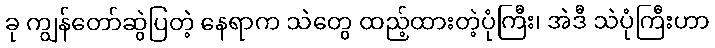
ခု ကျွန်တော်ဆွဲပြတဲ့ နေရာက သဲတွေ ထည့်ထားတဲ့ပုံကြီး၊ အဲဒီ သဲပုံကြီးဟာ